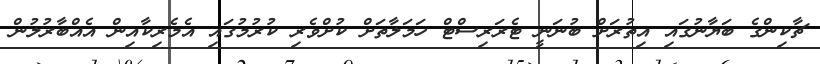
ޗާކިންގެ ބަޔާނުގައި އިތުރަށް ބުނަނީ ޓެރަރިސްޓް ހަމަލާތަށް ކުށްވެރި ކުރުމުގައި އެމެރިކާއިން އެއްބާރުލުން